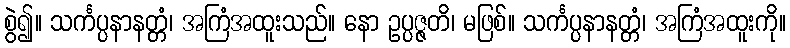
စွဲ၍။ သင်္ကပ္ပနာနတ္တံ၊ အကြံအထူးသည်။ နော ဥပ္ပဇ္ဇတိ၊ မဖြစ်။ သင်္ကပ္ပနာနတ္တံ၊ အကြံအထူးကို။